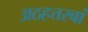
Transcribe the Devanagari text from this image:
अठहत्तरवां